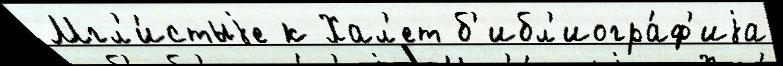
Мгл'и́стыjе к Хал'ет б'ибл'иогра́ф'иjа